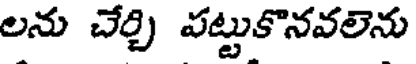
లను చేర్చి పట్టుకొనవలెను